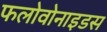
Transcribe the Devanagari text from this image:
फलोवोनाइडस